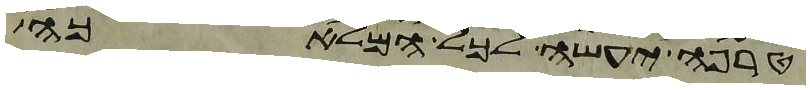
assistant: טרפה יעשה לכל המלאכה